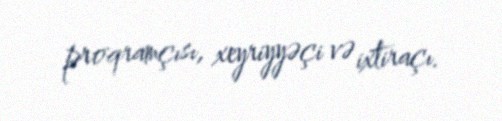
proqramçısı, xeyriyyəçi və ixtiraçı.